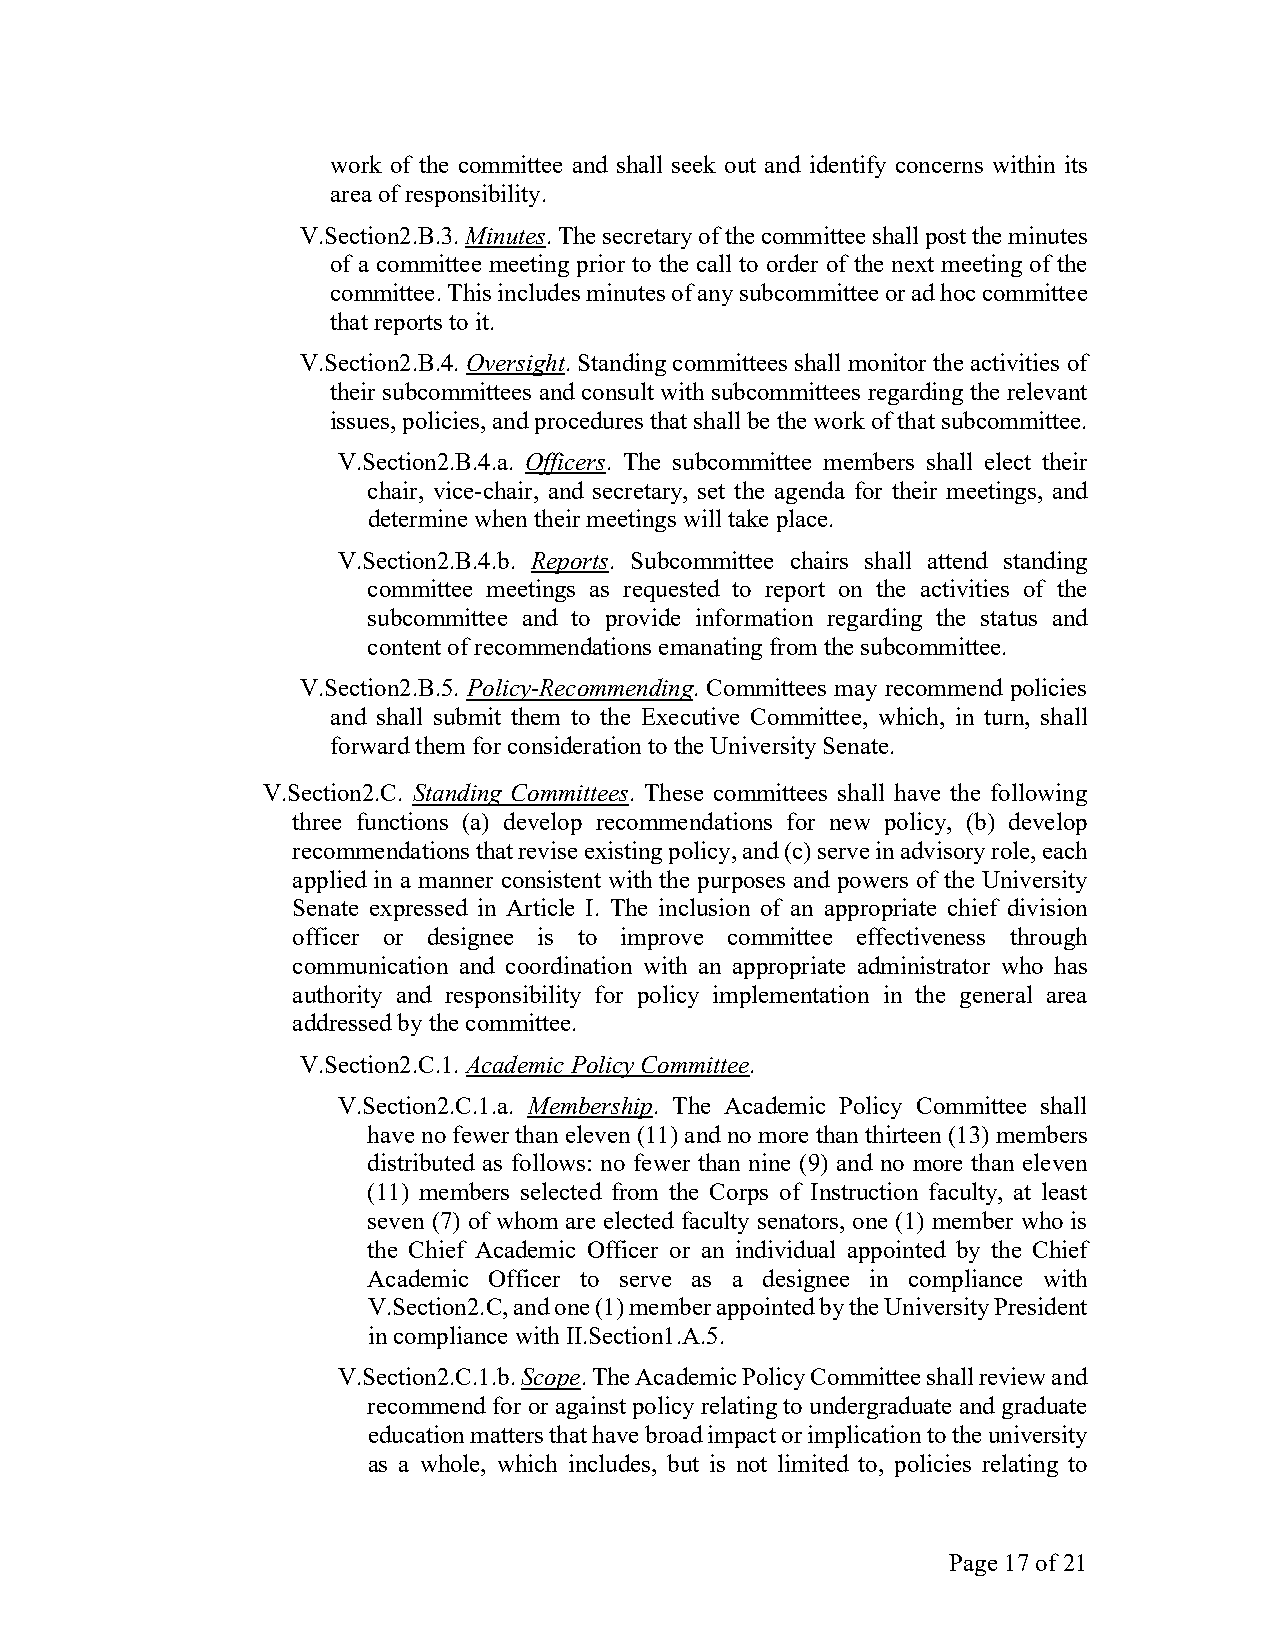
work of the committee and shall seek out and identify concerns within its
 area of responsibility.
 V.Section2.B.3. Minutes. The secretary of the committee shall post the minutes
 of a committee meeting prior to the call to order of the next meeting of the
 committee. This includes minutes of any subcommittee or ad hoc committee
 that reports to it.
 V.Section2.B.4. Oversight. Standing committees shall monitor the activities of
 their subcommittees and consult with subcommittees regarding the relevant
 issues, policies, and procedures that shall be the work of that subcommittee.
 V.Section2.B.4.a. Officers. The subcommittee members shall elect their
 chair, vice-chair, and secretary, set the agenda for their meetings, and
 determine when their meetings will take place.
 V.Section2.B.4.b. Reports. Subcommittee chairs shall attend standing
 committee meetings as requested to report on the activities of the
 subcommittee and to provide information regarding the status and
 content of recommendations emanating from the subcommittee.
 V.Section2.B.5. Policy-Recommending. Committees may recommend policies
 and shall submit them to the Executive Committee, which, in turn, shall
 forward them for consideration to the University Senate.
 V.Section2.C. Standing Committees. These committees shall have the following
 three functions (a) develop recommendations for new policy, (b) develop
 recommendations that revise existing policy, and (c) serve in advisory role, each
 applied in a manner consistent with the purposes and powers of the University
 Senate expressed in Article I. The inclusion of an appropriate chief division
 officer or designee is to improve committee effectiveness through
 communication and coordination with an appropriate administrator who has
 authority and responsibility for policy implementation in the general area
 addressed by the committee.
 V.Section2.C.1. Academic Policy Committee.
 V.Section2.C.1.a. Membership. The Academic Policy Committee shall
 have no fewer than eleven (11) and no more than thirteen (13) members
 distributed as follows: no fewer than nine (9) and no more than eleven
 (11) members selected from the Corps of Instruction faculty, at least
 seven (7) of whom are elected faculty senators, one (1) member who is
 the Chief Academic Officer or an individual appointed by the Chief
 Academic Officer to serve as a designee in compliance with
 V.Section2.C, and one (1) member appointed by the University President
 in compliance with II.Section1.A.5.
 V.Section2.C.1.b. Scope. The Academic Policy Committee shall review and
 recommend for or against policy relating to undergraduate and graduate
 education matters that have broad impact or implication to the university
 as a whole, which includes, but is not limited to, policies relating to
 Page 17 of 21